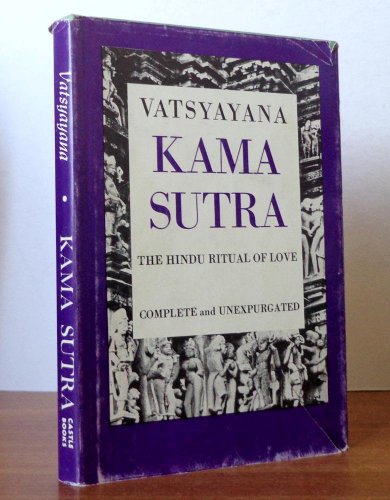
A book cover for The Kama Sutra: The Hindu Ritual of Love - Complete and Unexpurgated; VaÃEEEtsyaÃEEEyana; Religion & Spirituality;